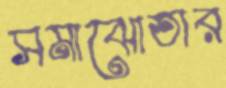
সমাঝোতার